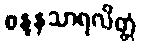
စန္ဒနသာရလိတ္တံ